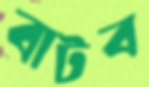
বাটব